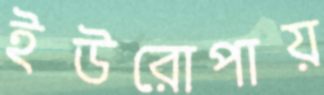
ইউরোপায়